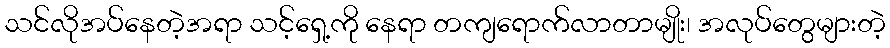
သင်လိုအပ်နေတဲ့အရာ သင့်ရှေ့ကို နေရာ တကျရောက်လာတာမျိုး၊ အလုပ်တွေများတဲ့